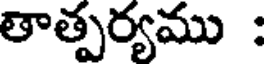
తాత్పర్యము :